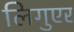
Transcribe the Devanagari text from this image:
लिगुएर